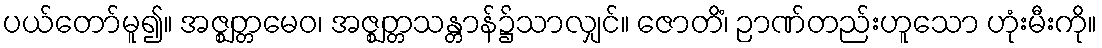
ပယ်တော်မူ၍။ အဇ္ဈတ္တမေဝ၊ အဇ္ဈတ္တသန္တာန်၌သာလျှင်။ ဇောတိံ၊ ဉာဏ်တည်းဟူသော ဟုံးမီးကို။